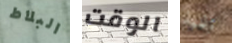
البلاط الوقت تلميذ